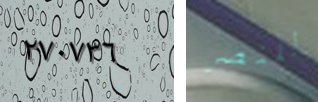
٢٧٠٧٣٦ للنصر